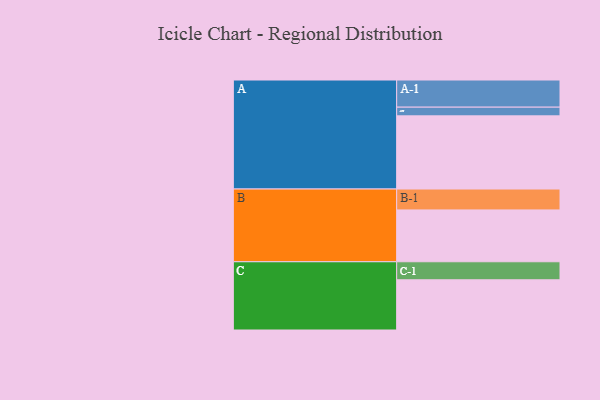
{"axis": {"x": "Segment", "y": "Value"}, "legend": ["", "A", "B", "C"], "data": [{"x": "A", "y": 504, "type": ""}, {"x": "B", "y": 357, "type": ""}, {"x": "C", "y": 346, "type": ""}, {"x": "A-1", "y": 187, "type": "A"}, {"x": "A-2", "y": 60, "type": "A"}, {"x": "B-1", "y": 144, "type": "B"}, {"x": "C-1", "y": 124, "type": "C"}]}